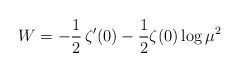
\begin{align*}W=-\frac{1}{2}\,\zeta'(0)-\frac{1}{2} \zeta(0) \log \mu^2\end{align*}